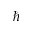
\hbar